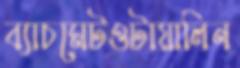
ব্যাচমেটওটায়ালিন